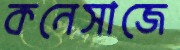
কনেসাজে